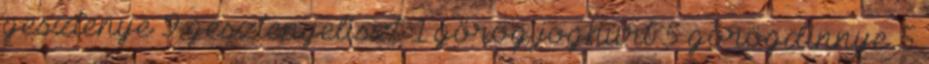
gesztenye 9 gesztenyeliszt 1 görög joghurt 5 görögdinnye 5